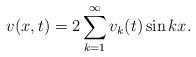
LaTeX: \begin{align*}v(x,t)=2\sum_{k=1}^{\infty}v_k(t)\sin kx.\end{align*}